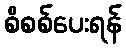
စိစစ်ပေးရန်